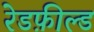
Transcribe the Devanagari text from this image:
रेडफ़ील्ड